Madras plague regulations and rules - Volume 2
Disease focus: Plague
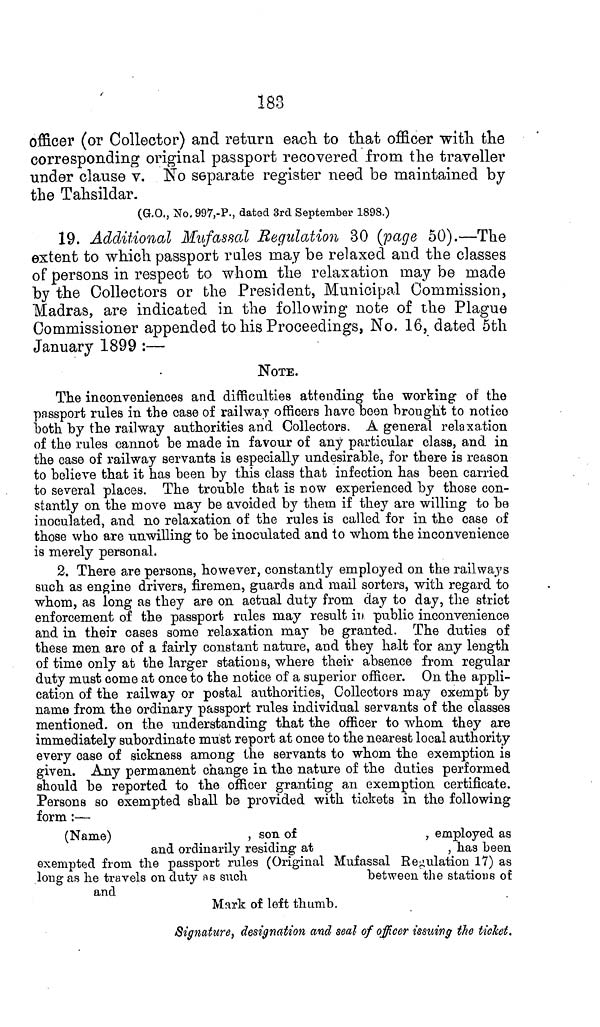
183
officer (or Collector) and return each to that officer with the
corresponding original passport recovered from the traveller
under clause v. No separate register need be maintained by
the Tahsildar.
(G.O., No, 997,-P., dated 3rd September 1898.)
19. Additional Mufassal Regulation 30 (page 50).—The
extent to which passport rales may be relaxed and the classes
of persons in respect to whom the relaxation may be made
by the Collectors or the President, Municipal Commission,
Madras, are indicated in the following note of the Plague
Commissioner appended to his Proceedings, No. 16, dated 5th
January 1899 :—
NOTE.
The inconveniences and difficulties attending the working of the
passport rules in the case of railway officers have been brought to notice
both by the railway authorities and Collectors. A general relaxation
of the rules cannot be made in favour of any particular class, and in
the case of railway servants is especially undesirable, for there is reason
to believe that it has been by this class that infection has been carried
to several places. The trouble that is now experienced by those con-
stantly on the move may be avoided by them if they are willing to be
inoculated, and no relaxation of the rules is called for in the case of
those who are unwilling to be inoculated and to whom the inconvenience
is merely personal.
2. There are persons, however, constantly employed on the railways
such as engine drivers, firemen, guards and mail sorters, with regard to
whom, as long as they are on actual duty from day to day, the strict
enforcement of the passport rules may result in public inconvenience
and in their cases some relaxation may be granted. The duties of
these men are of a fairly constant nature, and they halt for any length
of time only at the larger stations, where their absence from regular
duty must come at once to the notice of a superior officer. On the appli-
cation of the railway or postal authorities, Collectors may exempt by
name from the ordinary passport rules individual servants of the classes
mentioned, on the understanding that the officer to whom they are
immediately subordinate must report at once to the nearest local authority
every case of sickness among the servants to whom the exemption is
given. Any permanent change in the nature of the duties performed
should be reported to the officer granting an exemption certificate.
Persons so exempted shall be provided with tickets in the following
form:—
(Name)
, son of
, employed as
and ordinarily residing at
, has been
exempted from the passport rules (Original Mufassal Regulation 17) as
long as he travels on duty as such
between the stations of
and
Mark of left thumb.
Signature, designation and seal of officer issuing the ticket.